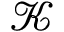
\mathcal { K }